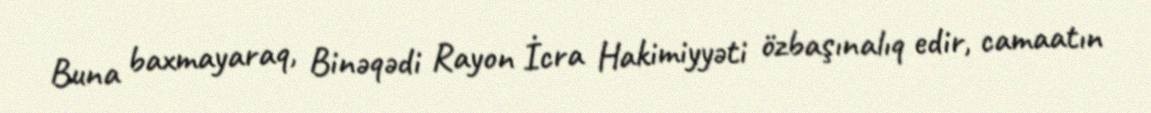
Buna baxmayaraq, Binəqədi Rayon İcra Hakimiyyəti özbaşınalıq edir, camaatın